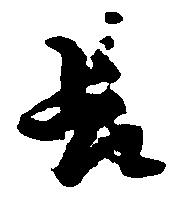
長